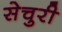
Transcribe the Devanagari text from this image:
सेचुरी